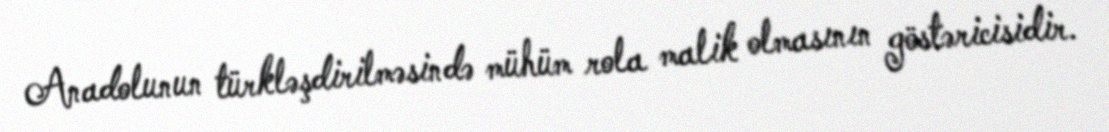
Anadolunun türkləşdirilməsində mühüm rola malik olmasının göstəricisidir.